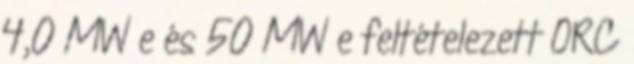
4,0 MW e és 50 MW e feltételezett ORC